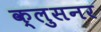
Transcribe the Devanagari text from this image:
क्लुसनर